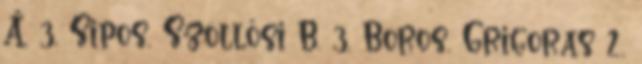
Á. 3, Sipos, Szöllősi B. 3, Boros, Grigoras 2,